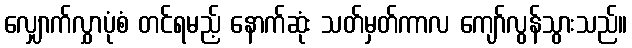
လျှောက်လွှာပုံစံ တင်ရမည့် နောက်ဆုံး သတ်မှတ်ကာလ ကျော်လွန်သွားသည်။